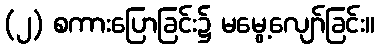
(၂) စကားပြောခြင်း၌ မမွေ့လျော်ခြင်း။